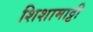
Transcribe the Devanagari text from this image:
शिशामाट्टी